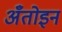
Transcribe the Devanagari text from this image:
अँतोइन